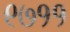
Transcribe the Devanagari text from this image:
९७११